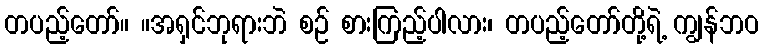
တပည့်တော်။ ။အရှင်ဘုရားဘဲ စဉ် စားကြည့်ပါလား၊ တပည့်တော်တို့ရဲ့ ကျွန်ဘဝ